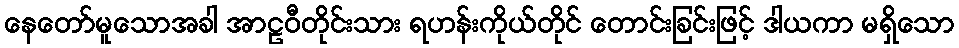
နေတော်မူသောအခါ အာဠဝီတိုင်းသား ရဟန်းကိုယ်တိုင် တောင်းခြင်းဖြင့် ဒါယကာ မရှိသော